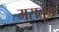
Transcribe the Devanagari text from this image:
मसतूंग